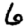
Digit: 6